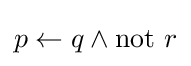
p\leftarrow q\land \mathrm {not} ~r